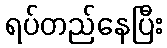
ရပ်တည်နေပြီး